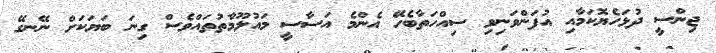
ޖިންސީ ދުޅަހެޔޮކަމާއި އުފަންވަނިވި ސިއްހަތާބެހޭ އެންމެ އަސާސީ މައުލޫމާތުތައްވެސް ގިނަ ބަޔަކަށް ނޭނގޭ